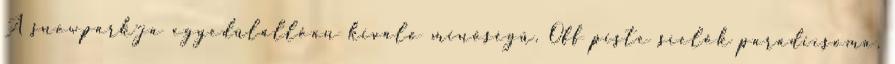
A snowpark-ja egyedülállóan kiváló minőségű. Off piste síelők paradicsoma.